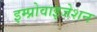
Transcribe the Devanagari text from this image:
इम्प्रोवाइजेशन